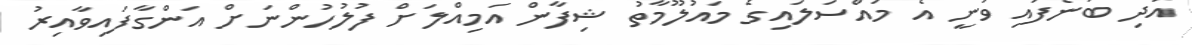
އަދި ބުނެފައި ވަނީ އެ މައްސަލައިގެ މައުލޫމާތު ޝިފާން އަމިއްލަށް ފުލުހުންނަށް އަންގާފައިވާއިރު